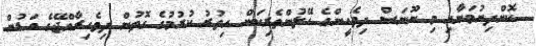
ކޮށްދިނުމަށާއި މި ނޫނަސް ދިވެހީންގެ ހޭލުންތެރިކަން އިތުރު ކުރުމުގެ ގޮތުން ދިވެހިރާއްޖޭގެ އަޑުން